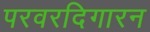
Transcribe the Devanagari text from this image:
परवरदिगारन